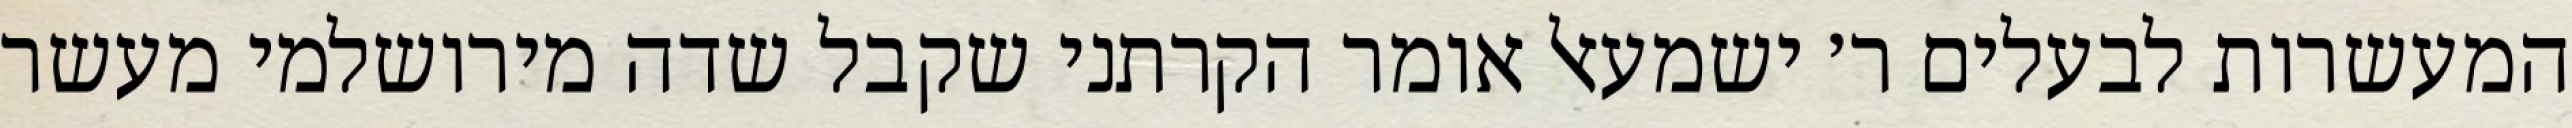
המעשרות לבעלים ר׳ ישמעאל אומר הקרתני שקבל שדה מירושלמי מעשר